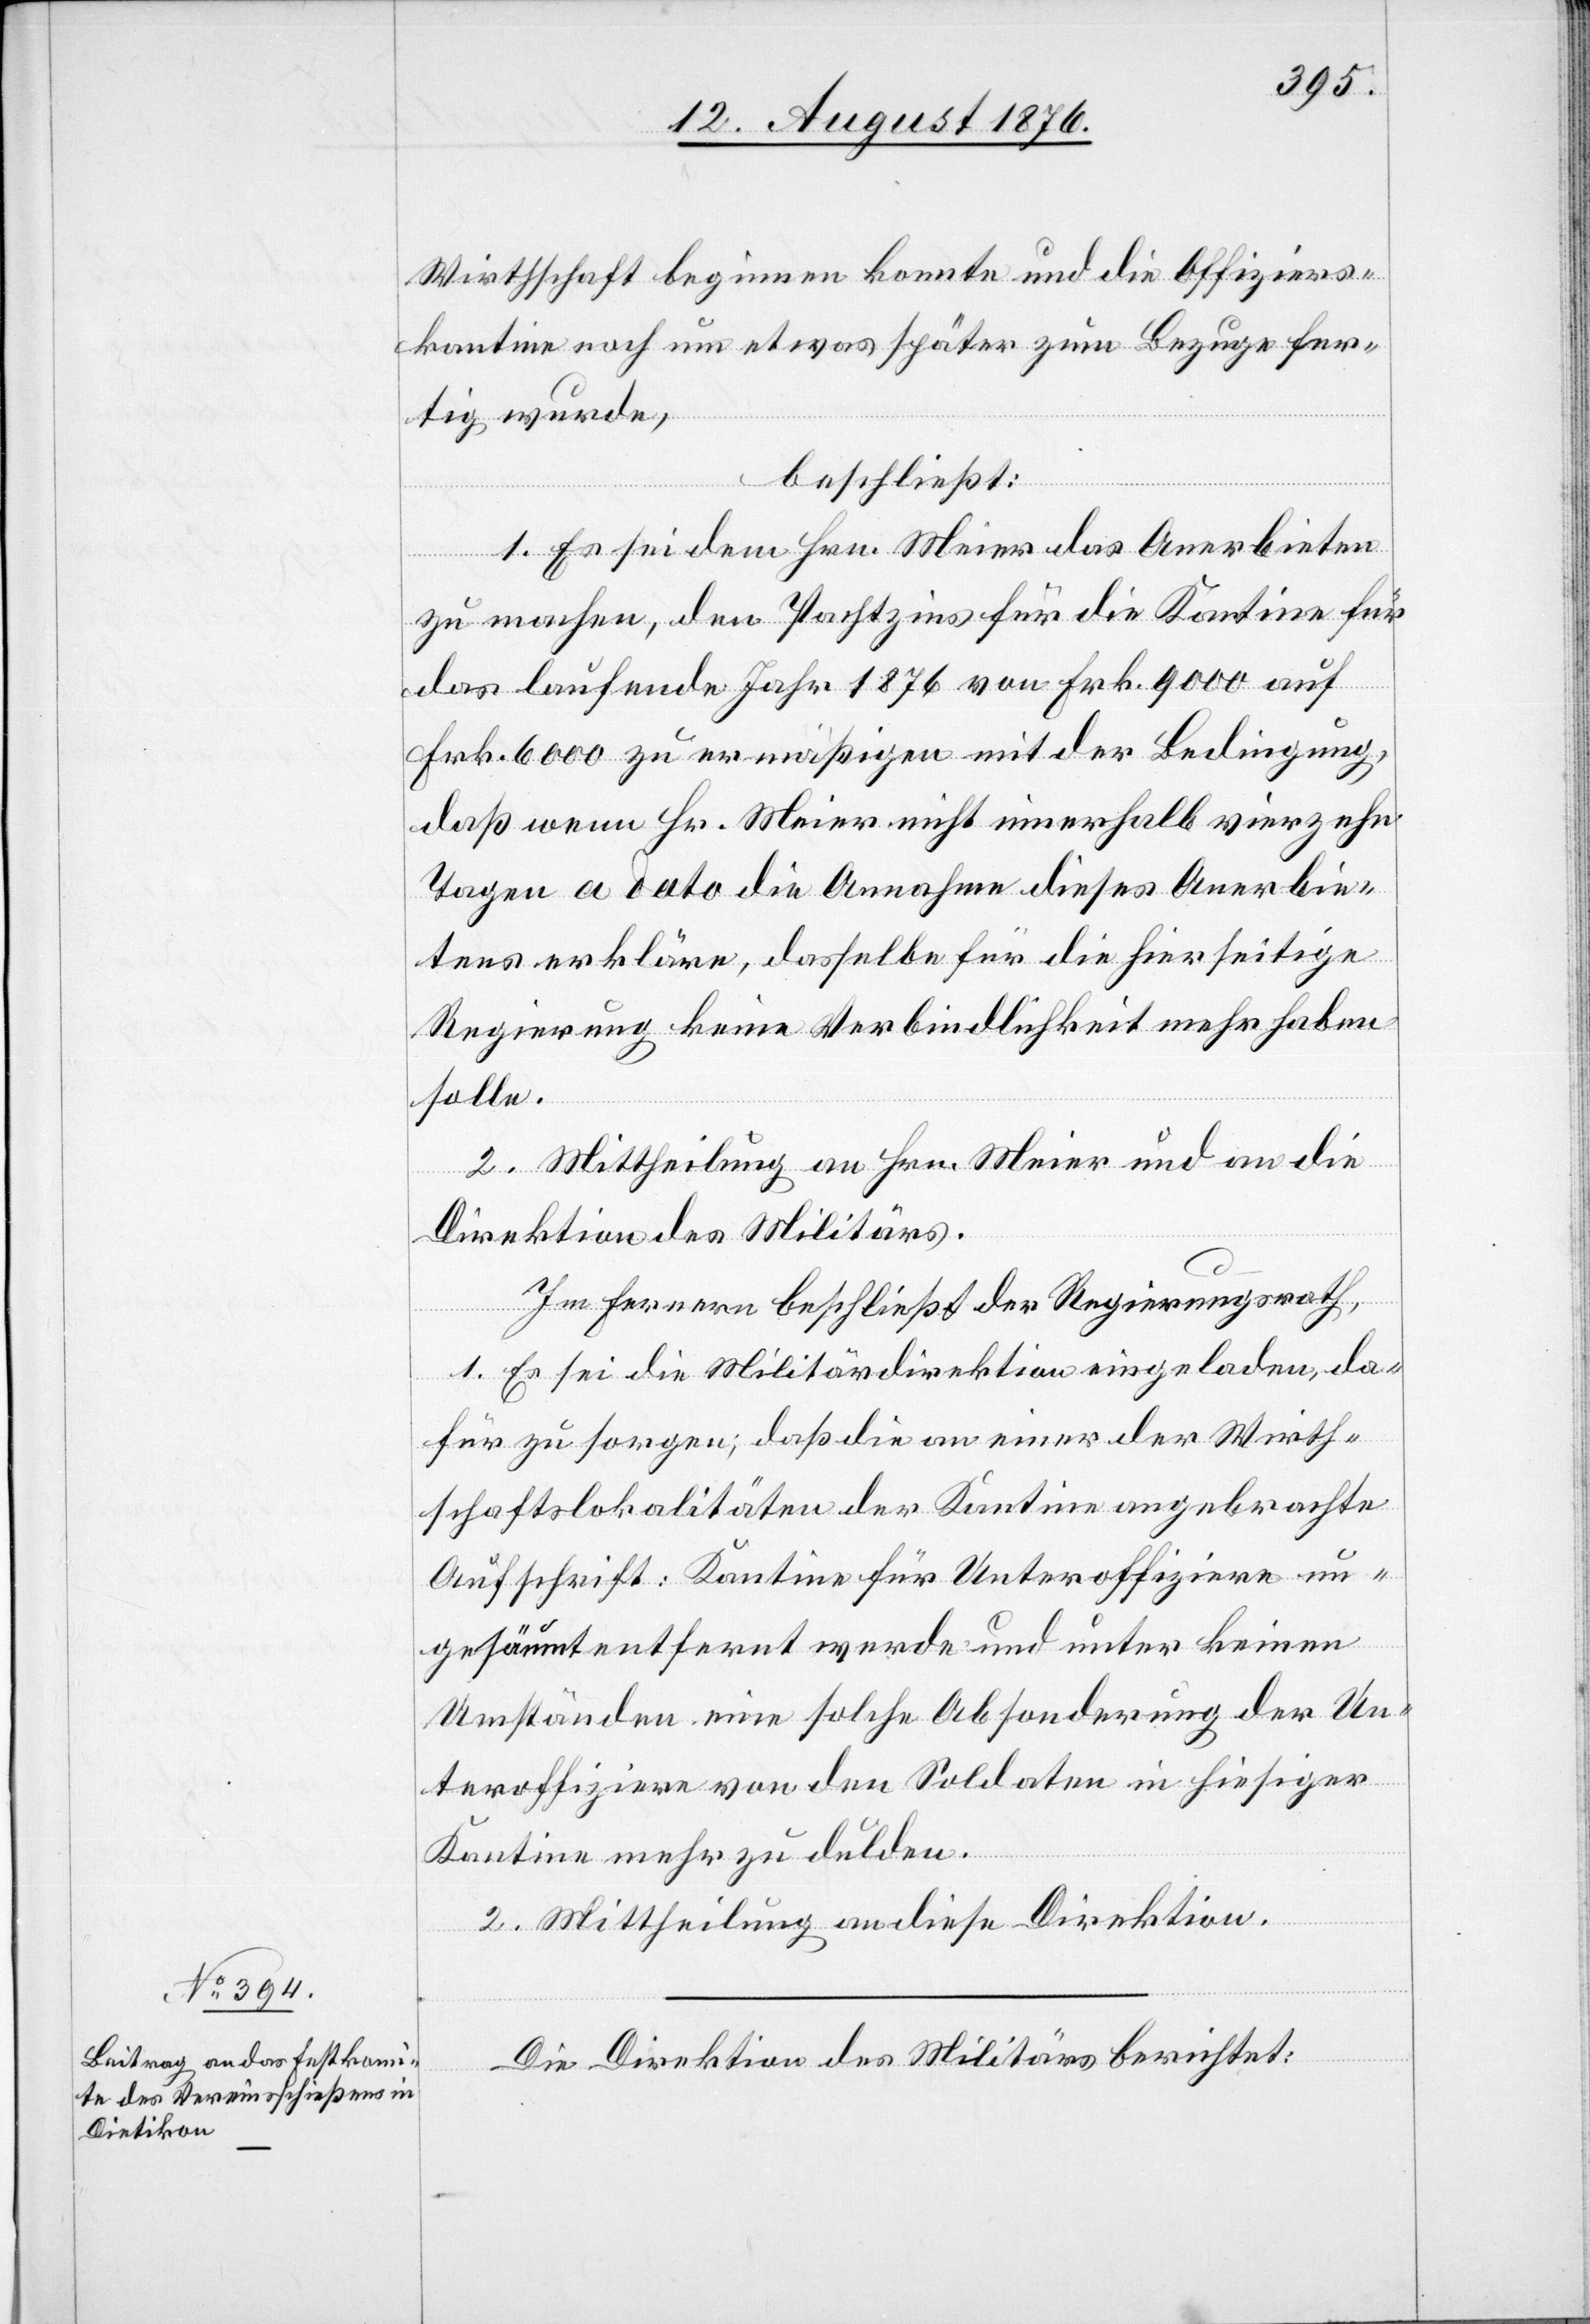
Wirthschaft beginnen konnte und die Offiziers¬
kantine noch um etwas später zum Bezuge fer¬
tig wurde,
beschließt:
1. Es sei dem Hrn. Meier das Anerbieten
zu machen, den Pachtzins für die Kantine für
das laufende Jahr 1876 von Frk 9000 auf
Frk. 6000 zu ermäßigen mit der Bedingung,
daß wenn Hr. Meier nicht innerhalb vierzehn
Tagen a dato die Annahme dieses Anerbie¬
tens erkläre, dasselbe für die hierseitige
Regierung keine Verbindlichkeit mehr haben
solle.
2. Mittheilung an Hrn. Meier und an die
Direktion des Militärs.
Im Fernern beschließt der Regierungsrath,
1. Es sei die Militärdirektion eingeladen, da¬
für zu sorgen; daß die an einer der Wirth¬
schaftslokalitäten der Kantine angebrachte
Aufschrift: Kantine für Unteroffiziere un¬
gesäumt entfernt werde und unter keinen
Umständen eine solche Absonderung der Un¬
teroffiziere von den Soldaten in hiesiger
Kantine mehr zu dulden.
2. Mittheilung an diese Direktion.
Die Direktion des Militärs berichtet: